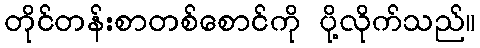
တိုင်တန်းစာတစ်စောင်ကို ပို့လိုက်သည်။